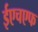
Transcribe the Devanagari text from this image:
ईएचएफ